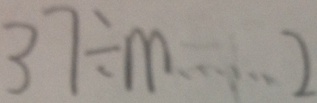
3 7 \div m \cdots 2